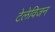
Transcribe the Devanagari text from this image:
टेलेविजन